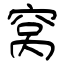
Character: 窝